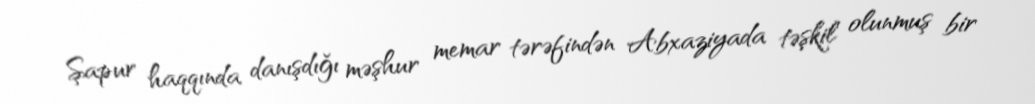
Şapur haqqında danışdığı məşhur memar tərəfindən Abxaziyada təşkil olunmuş bir